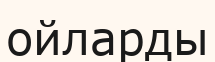
ойларды